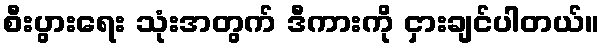
စီးပွားရေး သုံးအတွက် ဒီကားကို ငှားချင်ပါတယ်။